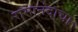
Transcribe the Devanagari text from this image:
रामानंदाचा